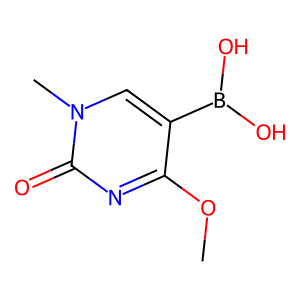
SMILES: COc1nc(=O)n(C)cc1B(O)O
Inhibits HIV replication: No